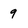
Character: 9